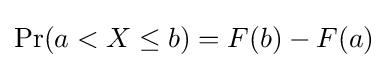
\Pr(a<X\leq b)=F(b)-F(a)